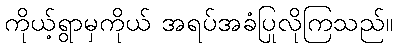
ကိုယ့်ရွာမှကိုယ် အရပ်အခံပြုလိုကြသည်။